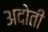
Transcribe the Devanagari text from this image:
अदोती